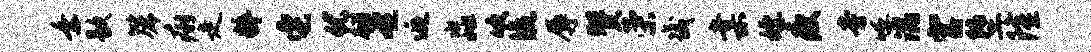
乘歇篪痢走粹它优翩奄逅淼吹流辱赞荣畿棠嫖瘦旁呼混宫堕隆